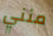
منني